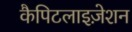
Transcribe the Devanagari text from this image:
कैपिटलाइज़ेशन